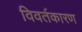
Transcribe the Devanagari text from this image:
विवर्तकारण